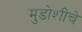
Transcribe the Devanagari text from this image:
मुडोशीचे